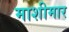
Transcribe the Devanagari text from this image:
माशीमार